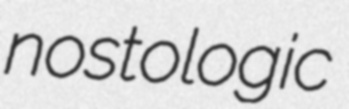
nostologic